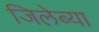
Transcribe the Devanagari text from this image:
जिलेब्या